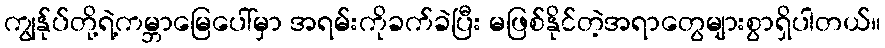
ကျွန်ုပ်တို့ရဲ့ကမ္ဘာမြေပေါ်မှာ အရမ်းကိုခက်ခဲပြီး မဖြစ်နိုင်တဲ့အရာတွေများစွာရှိပါတယ်။